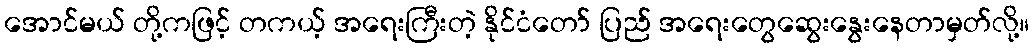
အောင်မယ် တို့ကဖြင့် တကယ့် အရေးကြီးတဲ့ နိုင်ငံတော် ပြည် အရေးတွေဆွေးနွေးနေတာမှတ်လို့။